Civil Veterinary Dept. Assam report 1911-1927 - 1911-1927
Year: 1911
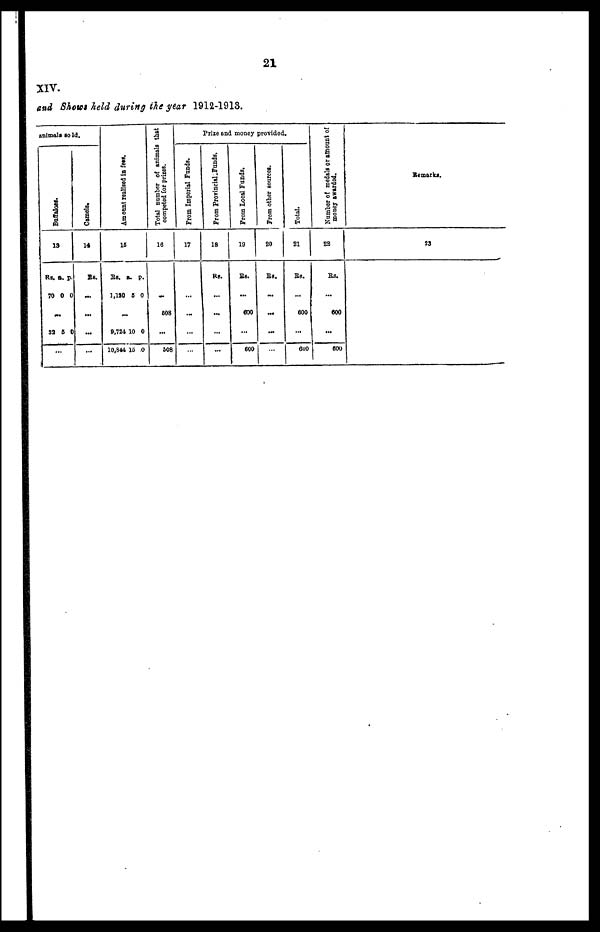
21
XIV.
and Show held during the year 1912-1913.
animals Bold.
Buffaloes.
13
Rs.
70
a.
0
p.
0
…
32 5 0
…
Camels.
14
RS.
...
...
...
...
Amount realised in fees.
15
RS.
1,120
a.
5
p.
0
...
9,724
10,844
10
15
0
0
Total number of animals that
competed for prizes.
16
...
603
...
508
Prize and money provided.
From Imporial Funds.
17
...
…
…
…
From Provincial Funds.
18
Rs..
...
...
...
...
From Local Funds.
19
RS.
...
600
...
600
From other sources.
20
Rs.
...
...
...
…
Total.
21
Rs.
...
600
…
6U0
Number of medals or amount of
money swarded.
22
Rs.
...
600
…
600
Remarks.
23